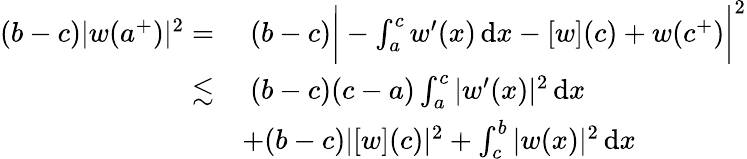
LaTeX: \begin{array}{rl}{(b-c)|w(a^{+})|^{2}=}&{\; (b-c)\bigg|-\int_{a}^{c}w^{\prime}(x)\, \mathrm{d}x-[w](c)+w(c^{+})\bigg|^{2}}\\ {\lesssim}&{\; (b-c)(c-a)\int_{a}^{c}|w^{\prime}(x)|^{2}\, \mathrm{d}x}\\ &{+(b-c)|[w](c)|^{2}+\int_{c}^{b}|w(x)|^{2}\, \mathrm{d}x}\end{array}